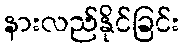
နားလည်နိုင်ခြင်း